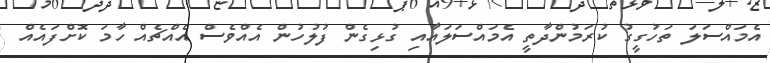
އެމައްސަލަ ތަހުގީގު ކުރަމުންދާތީ އެމައްސަލައާއި ގުޅިގެން ފުލުހުން އެއްވެސް އެއްޗެއް ހާމަ ކޮށްފައެއް